Vaccination United Provinces of Agra and Oudh 1902-1913 - 1902-1913
Year: 1902
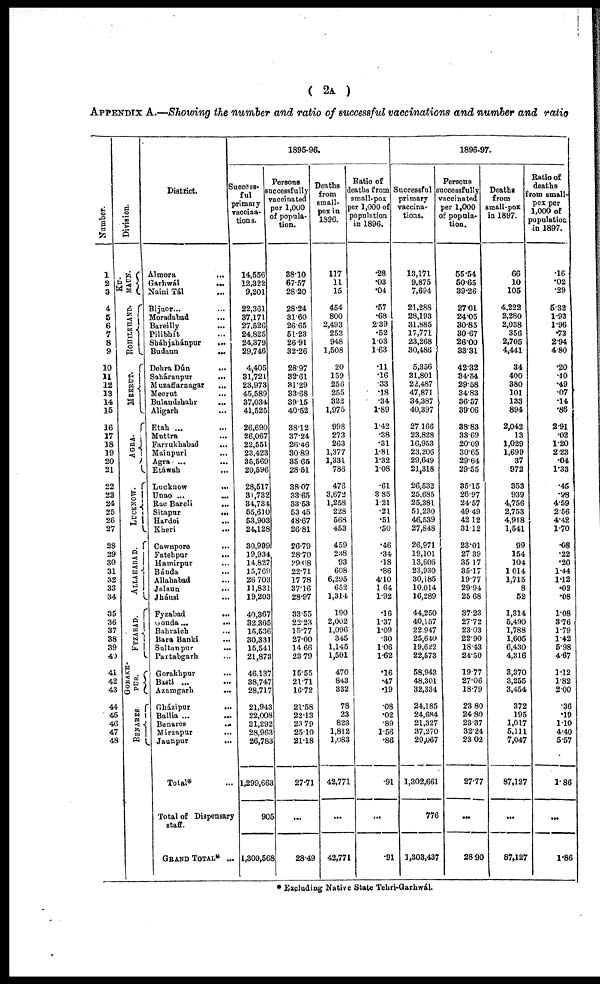
( 2A )
APPENDIX A.—Showing the number and ratio of successful vaccinations and number and ratio
Number.
1
2
3
4
5
6
7
8
9
10
11
12
13
14
15
16
17
18
19
20
21
22
23
24
25
26
27
28
29
30
31
32
33
34
35
36
37
38
39
40
41
42
43
44
45
46
47
48
Division.
KU¬
MAUN.
ROHILKHAND.
MEERUT.
AGRA.
LUCKNOW.
ALLAHABAD.
FYZABAD.
GORAKH¬
PUR.
BENARES.
District.
Almora
...
Garhwál ...
Naini Tál ...
Bijnor... ...
Moradabad ...
Bareilly
...
Pilibhít ...
Sháhjahánpur
...
Budaun ...
Dehra Dún
...
Saháranpur
...
Muzaffarnagar
...
Meerut
...
Bulandshahr ...
Aligarh
...
Etah ... ...
Muttra
...
Farrukhabad ...
Mainpuri ...
Agra ... ...
Etáwah
...
Lucknow
...
Unao ...
...
Rae
Bareli
...
Sitapur
...
Hardoi ...
Kheri
...
Cawnpore ...
Fatehpur ...
Hamirpur ...
Bánda ...
Allahabad ...
Jalaun ...
Jhánsi ...
Fyzabad
...
Gonda...
...
Bahraich
...
Bara Banki ...
Sultanpur
...
Partabgarh ...
Gorakhpur ...
Basti ... ...
Azamgarh
...
Gházipur
...
Ballia ... ...
Benares
...
Mirzapur ...
Jaunpur ...
Total* ...
Total of Dispensary
staff.
GRAND TOTAL* ...
1895-96.
Success¬
ful
primary
vaccina¬
tions.
14,556
12,322
9,201
22,361
37,171
27,526
24,825
24,379
29,746
4,405
31,721
23,973
45,589
37,034
41,525
26,690
26,067
22,551
23,423
35,569
20,596
28,517
31,732
34,734
55,610
53,903
24,128
30,999
19,934
14,827
15,769
26,703
11,831
19,203
40,367
32,305
15,536
30,331
15,541
21,873
46,137
38,747
28,717
21,943
22,008
21,292
28,963
26,783
1,299,663
905
1,300,568
Persons
successfully
vaccinated
per 1,000
of popula-
tion.
38.10
67.57
28.20
28.24
31.60
26.65
51.23
26.91
32.26
28.97
32.61
31.29
33.68
39.15
40.52
38.12
37.24
26.46
30.89
35.65
28.51
38.07
33.65
33.53
53.45
48.67
26.81
26.79
28.70
29.08
22.71
17.78
37.16
28.97
33.55
22.23
15.77
27.00
14.66
23.79
15.55
21.71
16.72
21.58
22.13
23.79
25.10
21.18
27.71
...
28.49
Deaths ,
from
small-
pox in
1896.
117
11
15
454
800
2,493
253
948
1,508
20
159
256
255
322
1,975
998
273
263
1,377
1,331
786
476
3,672
1,258
228
568
453
459
238
93
608
6,295
652
1,314
190
2,002
1,096
345
1,145
1,501
470
843
832
78
23
823
1,812
1,083
42,771
...
42,771
Ratio of
deaths from
small-pox
per 1,000 of
population
in 1896.
.28
.03
.04
.57
.68
2.39
.52
1.03
1.63
.11
.16
.33
.18
.34
1.89
1.42
.38
.31
1.81
1.32
1.08
.61
3.85
1.21
.21
.51
.50
.46
.34
.18
.86
4.10
1.64
1.92
.16
1.37
1.09
.30
106
1.62
.16
.47
.19
.08
.02
.89
1.56
.86
.91
...
.91
1896-97.
Successful
primary
vaccina-
tions.
13,171
9,875
7,694
21,288
28,193
31,885
17,771
23,268
30,486
5,356
31,801
22,487
47,871
34,387
40,397
27,166
23,828
16,953
23,206
29,649
21,318
26,532
25,685
25,381
51,230
46,539
27,848
26,971
19,101
13,606
23,930
30,185
10,014
16,289
44,250
40,157
22,947
25,640
19,622
22,573
58,943
48,301
32,334
24,185
24,684
21,327
37,270
29,067
1,302,661
776
1,303,437
Persons
successfully
vaccinated
per 1,000
of popula-
tion.
55.54
50.65
39.26
27.01
24.05
30.85
30.67
26.00
33.31
42.32
34.54
29.58
34.83
36.57
39.06
38.83
33.69
20.09
30.65
29.64
29.55
35.15
26.97
24.57
49.49
42.12
31.12
23.01
27.39
35.17
35.17
19.77
2994
25.68
37.23
27.72
23.03
22.90
18.43
24.50
19.77
27.06
18.79
23.80
24.80
23.37
32.24
23.02
27.77
...
28.90
Deaths
from
small-pox
in 1897.
66
10
105
4,222
2,280
2,038
356
2,705
4,441
34
400
380
101
133
894
2,042
13
1,029
1,699
37
972
353
939
4,756
2,753
4,918
1,541
99
154
104
1014
1,715
8
52
1,314
5,490
1,788
1,605
6,430
4,316
3,370
3,255
3,454
372
195
1,017
5,111
7,047
87,127
...
87,127
Ratio of
deaths
from small-
pox per
1,000 of
population
in 1897.
.16
.02
.29
5.32
1.93
1.96
.73
2.94
4.80
.20
.40
.49
.07
.14
.86
2.91
.02
1.20
2.23
.04
1.33
.45
.98
4.59
2.56
4.42
1.70
.08
.22
.20
1.44
1.12
.02
.08
1.08
3.76
1.79
1.42
5.98
4.67
1.12
1.82
2.00
.36
.19
1.10
4.40
5.57
1.86
...
1.86
* Excluding Native State Tehri-Garhwál.